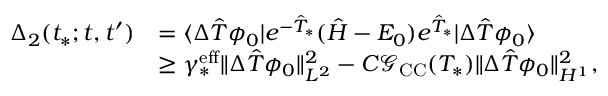
\begin{array} { r l } { \Delta _ { 2 } ( t _ { * } ; t , t ^ { \prime } ) } & { = \langle \Delta \hat { T } \phi _ { 0 } | e ^ { - \hat { T } _ { * } } ( \hat { H } - E _ { 0 } ) e ^ { \hat { T } _ { * } } | \Delta \hat { T } \phi _ { 0 } \rangle } \\ & { \geq \gamma _ { * } ^ { \mathrm { e f f } } \Vert \Delta \hat { T } \phi _ { 0 } \Vert _ { L ^ { 2 } } ^ { 2 } - C \mathcal G _ { \mathrm { C C } } ( T _ { * } ) \Vert \Delta \hat { T } \phi _ { 0 } \Vert _ { H ^ { 1 } } ^ { 2 } , } \end{array}